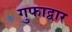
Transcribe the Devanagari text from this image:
गुफाद्वार